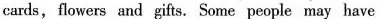
cards,flowers and gifts. Some people may have